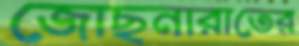
জোছনারাতের